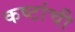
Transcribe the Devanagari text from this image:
कष्टांची